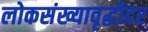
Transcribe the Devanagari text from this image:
लोकसंख्यावृद्धीदर